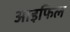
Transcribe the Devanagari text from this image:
आइफिल